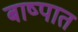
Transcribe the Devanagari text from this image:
बाष्पात